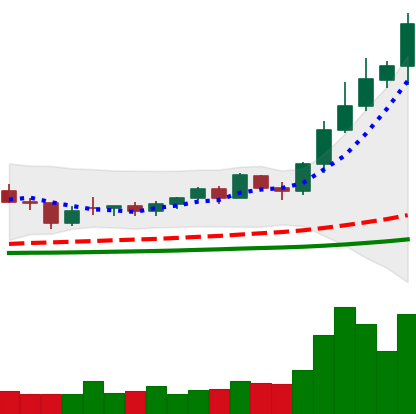
Ticker: NEO-USD
Chart end date: 2021-02-13
Forward return: 3.961%
Label: up_3_5